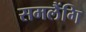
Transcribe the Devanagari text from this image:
समलैंगि